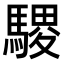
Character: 𫘓